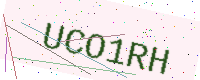
Text: UCO1RH